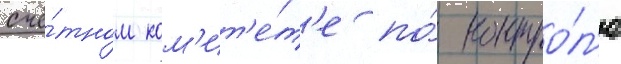
счё́тном ком'ит'е́т'е по́ контро́л'ю